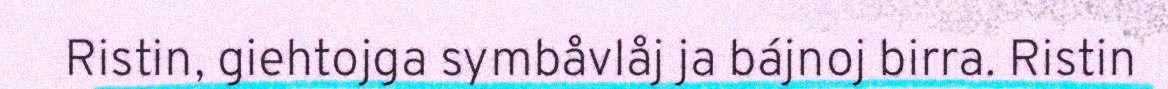
Ristin, giehtojga symbåvlåj ja bájnoj birra. Ristin